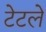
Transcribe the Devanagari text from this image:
टेटले